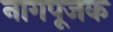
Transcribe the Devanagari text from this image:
नागपूजक